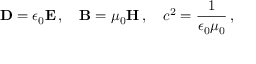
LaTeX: \mathbf { D } = \epsilon _ { 0 } \mathbf { E } \, , \quad \mathbf { B } = \mu _ { 0 } \mathbf { H } \, , \quad c ^ { 2 } = { \frac { 1 } { \epsilon _ { 0 } \mu _ { 0 } } } \, ,